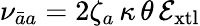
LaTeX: \nu_{\bar{a}a}=2\zeta_{a}\, \kappa\, \theta\, \mathcal{E}_{\mathrm{xtl}}